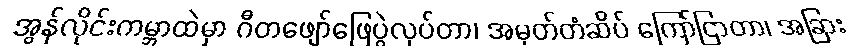
အွန်လိုင်းကမ္ဘာထဲမှာ ဂီတဖျော်ဖြေပွဲလုပ်တာ၊ အမှတ်တံဆိပ် ကြော်ငြာတာ၊ အခြား